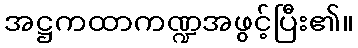
အဋ္ဌကထာကဏ္ဍအဖွင့်ပြီး၏။